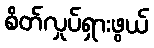
စိတ်လှုပ်ရှားဖွယ်